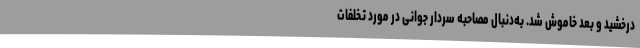
درخشید و بعد خاموش شد. به‌دنبال مصاحبه سردار جوانی در مورد تخلفات